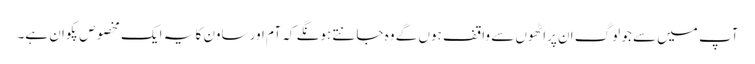
آپ میں سے جو لوگ ان پراٹھوں سے واقف ہوں گے وہ جانتے ہونگے کہ آم اور ساون کا یہ ایک مخصوص پکوان ہے۔